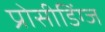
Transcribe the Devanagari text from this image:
प्रोसीडिंग्ज